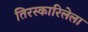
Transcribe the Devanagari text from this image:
तिरस्कारिलेला